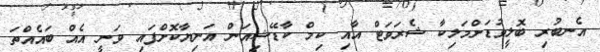
އެނބުރި ބޮލީވުޑަށްމަލިކާ ޝެރަވަޓް އާއި ކިމް ކާޑޭޝިއަން އަނިޔާކޮށްފައި ވަނީ އެއް ބައެއްތަ